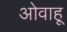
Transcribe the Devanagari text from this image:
ओवाहू